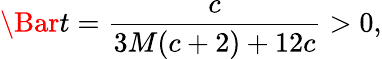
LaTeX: \Bar{t}=\frac{c}{3M(c+2)+12c}>0,